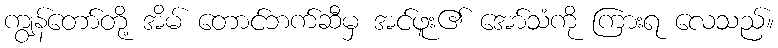
ကျွန်တော်တို့ အိမ် တောင်ဘက်ဆီမှ အင်ဖူး၏ အော်သံကို ကြားရ လေသည်။